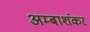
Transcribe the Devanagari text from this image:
अम्बाशंकर